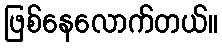
ဖြစ်နေလောက်တယ်။